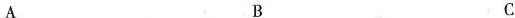
A B C